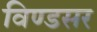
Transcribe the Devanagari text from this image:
विण्डसर